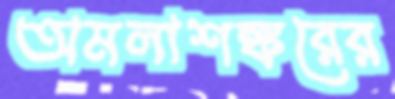
অমলাশঙ্করের